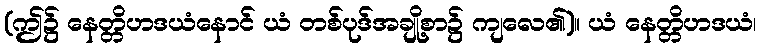
(ဤ၌ နေတ္တိဟဒယံနောင် ယံ တစ်ပုဒ်အချို့စာ၌ ကျလေ၏)။ ယံ နေတ္တိဟဒယံ၊